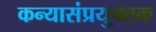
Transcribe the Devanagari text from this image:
कन्यासंप्रयु्क्तक